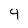
Character: 9